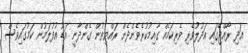
އަދި ރާއްޖޭގައި އަދުލުވެރި ވެރިކަމެއް ގާއިމުކުރެވެންދެން ރައްޔިތުން ގެންދާނީ އަޑު އުފުލަމުން ކަމުގައިވެސް